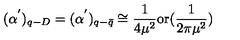
( \alpha ^ { ' } ) _ { q - D } = ( \alpha ^ { ' } ) _ { q - \bar { q } } \cong \frac { 1 } { 4 \mu ^ { 2 } } \mathrm { o r } ( \frac { 1 } { 2 \pi \mu ^ { 2 } } )